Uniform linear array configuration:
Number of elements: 4
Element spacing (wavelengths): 0.5
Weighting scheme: exponential
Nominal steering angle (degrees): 60
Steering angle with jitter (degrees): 58.486
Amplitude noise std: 0.05
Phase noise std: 0.05

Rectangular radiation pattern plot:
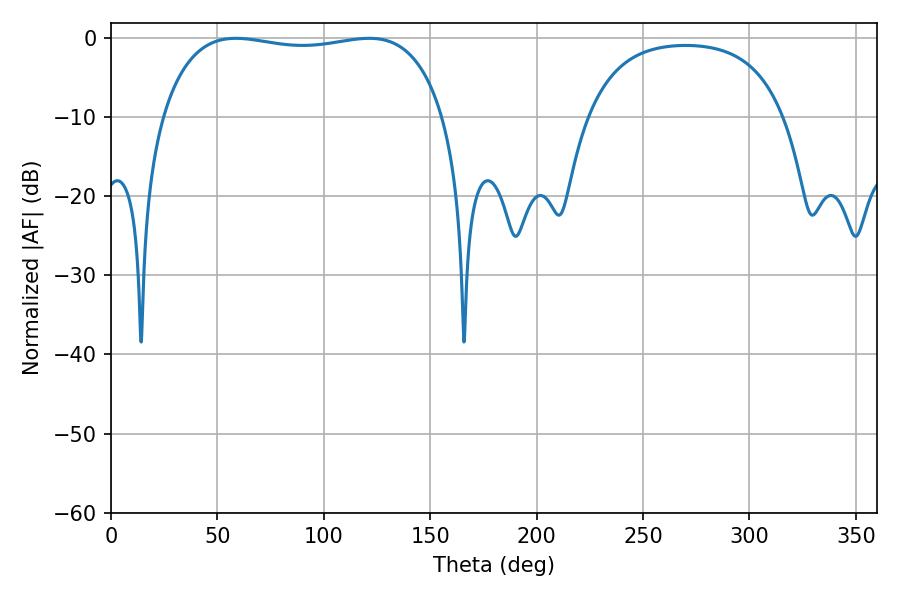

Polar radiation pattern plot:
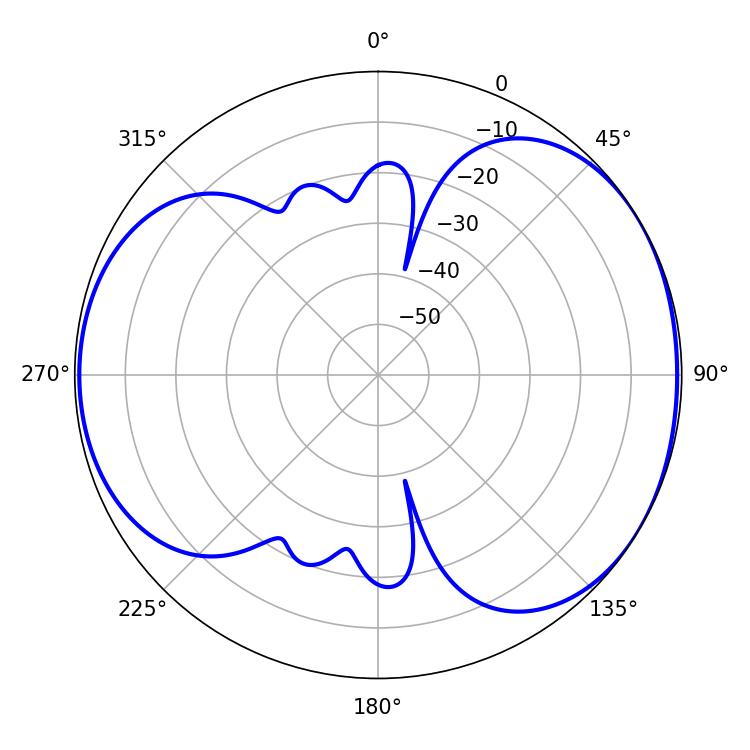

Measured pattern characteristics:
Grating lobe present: FALSE
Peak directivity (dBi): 4.876
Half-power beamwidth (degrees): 106.92
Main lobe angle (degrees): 58.68